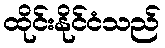
ထိုင်းနိုင်ငံသည်